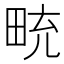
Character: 𪽒